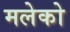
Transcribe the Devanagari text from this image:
मलेको